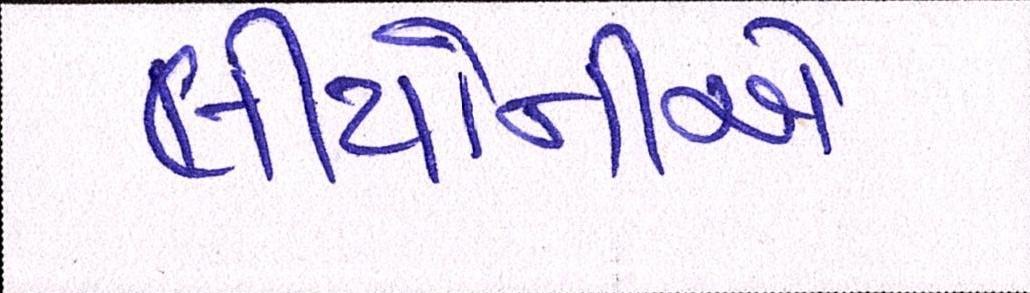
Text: લીયોનીએ